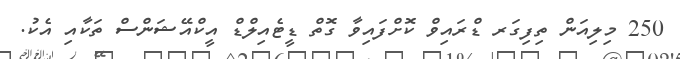
250 މިލިއަން ތިފިގަރ ޑްރައިވް ކޮށްފައިވާ ގޮތް ޑީޓެއިލްޑް އީކްއޭޝަންސް ތަކާއި އެކު.